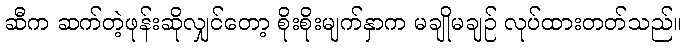
ဆီက ဆက်တဲ့ဖုန်းဆိုလျှင်တော့ စိုးစိုးမျက်နှာက မချိုမချဉ် လုပ်ထားတတ်သည်။